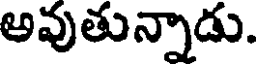
అవుతున్నాడు.